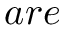
a r e